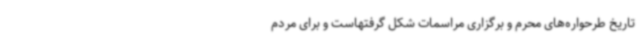
تاریخ طرحواره‌های محرم و برگزاری مراسمات شکل گرفتهاست و برای مردم